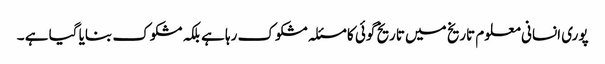
پوری انسانی معلوم تاریخ میں تاریخ گوئی کا مسئلہ مشکوک رہا ہے بلکہ مشکوک بنایا گیا ہے ۔